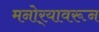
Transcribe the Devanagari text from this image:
मनोर्‍यावरून